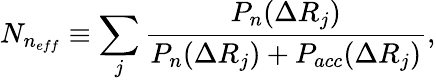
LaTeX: N_{n_{eff}}\equiv\sum_{j}\frac{P_{n}(\Delta R_{j})}{P_{n}(\Delta R_{j})+P_{acc}(\Delta R_{j})},